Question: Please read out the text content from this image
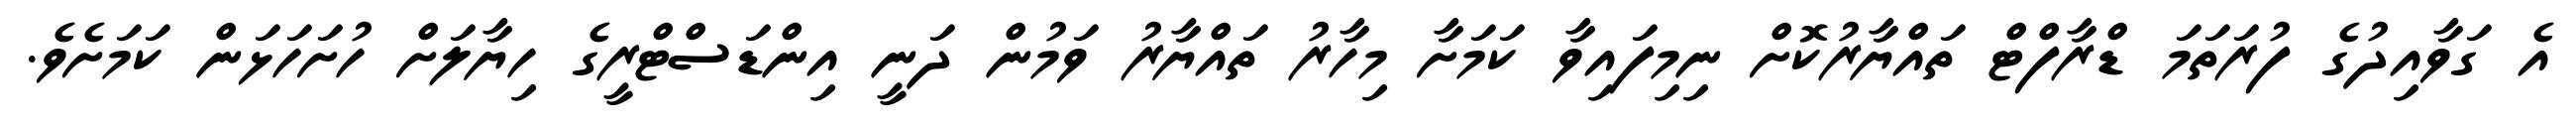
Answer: އެ ގަވާއިދުގެ ފުރަތަމަ ޑްރާފްޓް ތައްޔާރުކޮށް ނިމިފައިވާ ކަމަށާ މިހާރު ތައްޔާރު ވަމުން ދަނީ އިންޑަސްޓްރީގެ ހިޔާލަށް ހުށަހަޅަން ކަމަށެވެ.